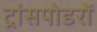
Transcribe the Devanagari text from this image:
ट्रांसपोडरों